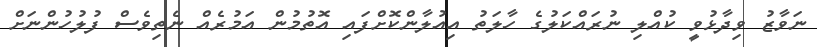
ނަވާޒު ވިދާޅުވީ ކުއްލި ނުރައްކަލުގެ ހާލަތު އިއުލާންކޮށްފައި އޮތުމުން އަމުރެއް ނެތިވެސް ފުލުހުންނަށް